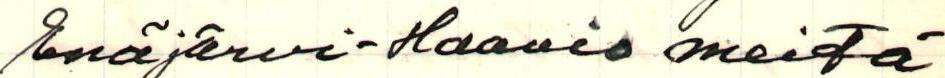
Enäjärvi-Haavio meitä